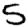
Digit: 5